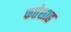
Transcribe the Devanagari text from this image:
फत्तेशाह